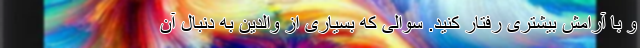
و با آرامش بیشتری رفتار کنید. سوالی که بسیاری از والدین به دنبال آن